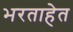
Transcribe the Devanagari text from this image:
भरताहेत